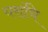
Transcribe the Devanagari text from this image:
घरांचि